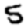
Digit: 5